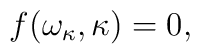
f(\omega_\kappa, \kappa) = 0,